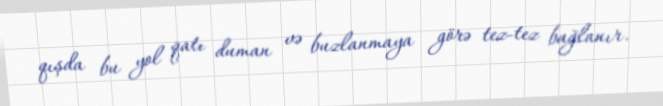
qışda bu yol qatı duman və buzlanmaya görə tez-tez bağlanır.